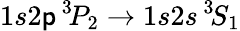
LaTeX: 1s2\mathsf{p}\, ^{3\! }P_{2}\rightarrow1s2s\, ^{3\! }S_{1}